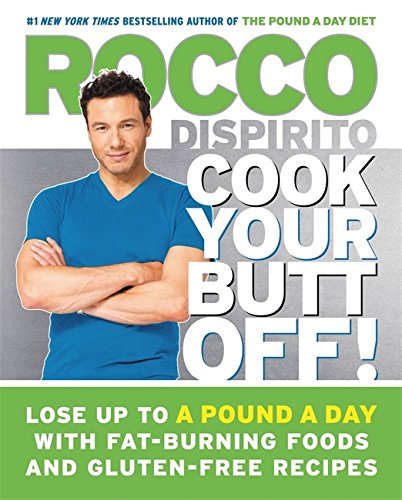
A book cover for Cook Your Butt Off!: Lose Up to a Pound a Day with Fat-Burning Foods and Gluten-Free Recipes; Rocco DiSpirito; Cookbooks, Food & Wine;